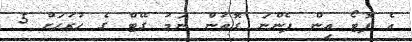
އެ ފޮޓޯ އިން ފެންނަ ގޮތުން ނަމަ ގޭޓް ގެ ހުރަހަށް 5